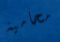
محامية